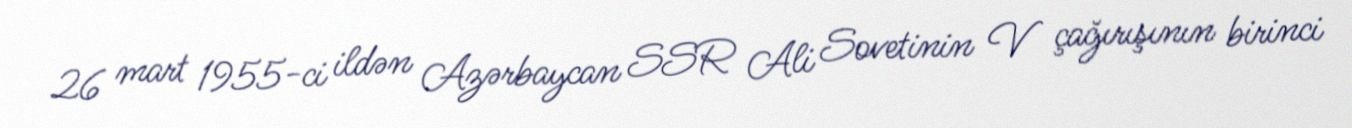
26 mart 1955-ci ildən Azərbaycan SSR Ali Sovetinin V çağırışının birinci